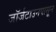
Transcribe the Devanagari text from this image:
जॉर्जटाउनपासून